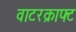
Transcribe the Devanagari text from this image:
वाटरक्राफ्ट